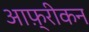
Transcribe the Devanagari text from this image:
आफ़्रीकन